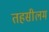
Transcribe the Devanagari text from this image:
तहसीलम